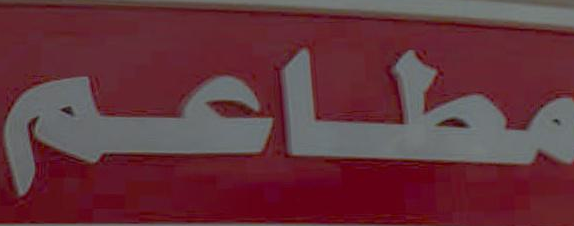
مطاعم